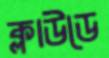
ক্লাউডে